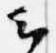
云